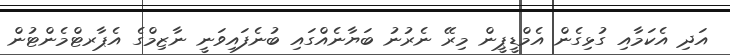
އަދި އެކަމާއި ގުޅިގެން އެމްޑީޕީން މިރޭ ނެރުނު ބަޔާނެއްގައި ބުނެފައިވަނީ ނާޒިމްގެ އެޕާރޓްމެންޓުން